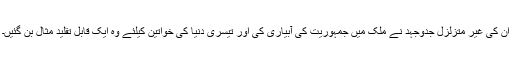
ان کی غیر متزلزل جدوجہد نے ملک میں جمہوریت کی آبیاری کی اور تیسری دنیا کی خواتین کیلئے وہ ایک قابل تقلید مثال بن گئیں۔